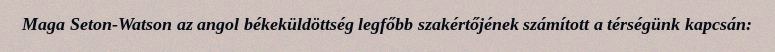
Maga Seton-Watson az angol békeküldöttség legfőbb szakértőjének számított a térségünk kapcsán: